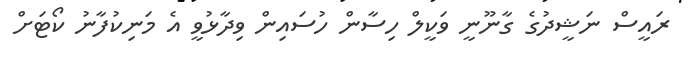
ރައީސް ނަޝީދުގެ ގާނޫނީ ވަކީލް ހިސާން ހުސައިން ވިދާޅުވީ އެ މަނިކުފާނު ކޯޓަށް